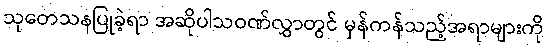
သုတေသနပြုခဲ့ရာ အဆိုပါသဝဏ်လွှာတွင် မှန်ကန်သည့်အရာများကို